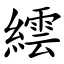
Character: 繧